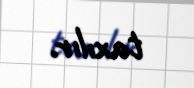
taxılır.